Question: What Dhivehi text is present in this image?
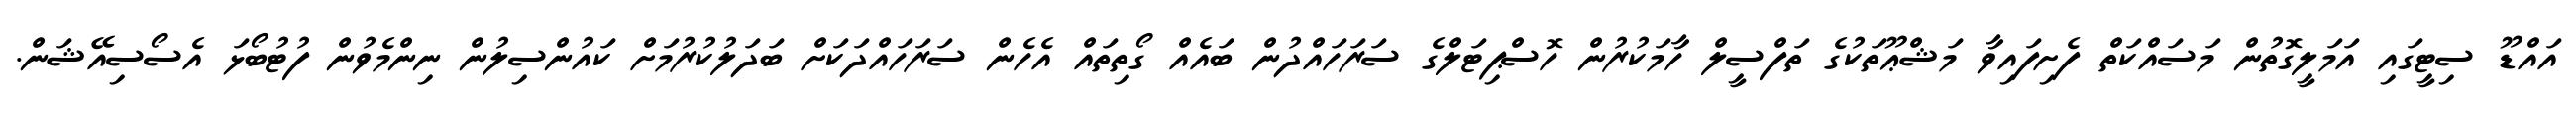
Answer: އައްޑޫ ސިޓީގައި އަމަލީގޮތުން މަސައްކަތް ފެށިފައިވާ މަޝްޢޫތަކުގެ ތަފްސީލް ހާމަކުރުން ހޮސްޕިޓަލްގެ ސަރަހައްދުން ބައެއް ގޯތިތައް އެހެން ސަރަހައްދަކަށް ބަދަލުކުރުމަށް ކައުންސިލުން ނިންމެވުން ފުޓުބޯޅަ އެސޯސިއޭޝަން.